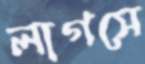
লাগসে